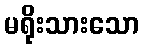
မရိုးသားသော